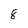
Character: 8